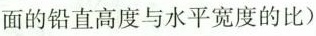
面的铅直高度与水平宽度的比)